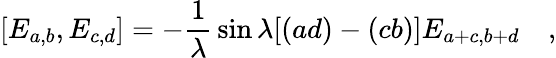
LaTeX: [E_{a,b},E_{c,d}]=-{\frac{1}{\lambda}}\sin{\lambda[(ad)-(cb)]}E_{a+c,b+d}\quad,